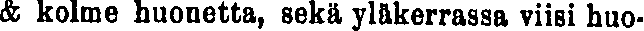
& kolme huonetta, sekä yläkerrassa viisi huo-